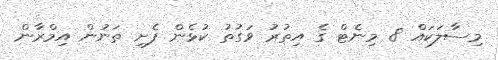
މިސާލަކައް 8 މިނެޓް ގެ އިތުރު ވަގުތު ކުޅެން ފެށި ތަނުން އިމްރާން